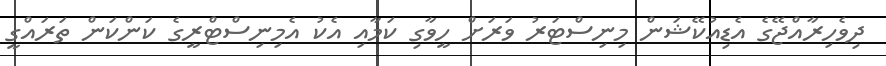
ދިވެހިރާއްޖޭގެ އެޑިއުކޭޝަން މިނިސްޓަރު ވަރަށް ހީވާގި ކަމާއި އެކު އެމިނިސްޓްރީގެ ކަންކަން ތަރައްގީ